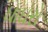
ઘાઘરો